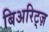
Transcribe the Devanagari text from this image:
बिअरिट्ज़